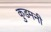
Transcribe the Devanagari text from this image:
कुडमनी